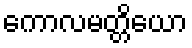
ကောလမတ္တိယော